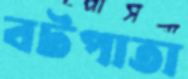
বটপাতা